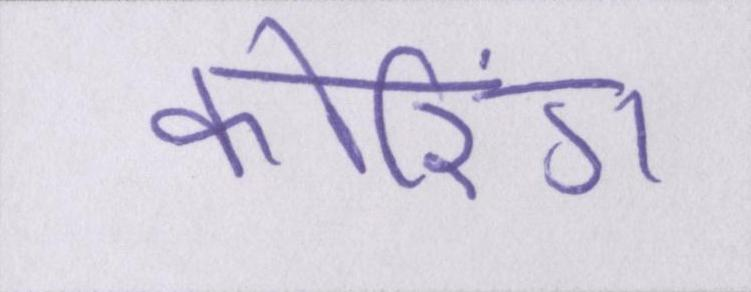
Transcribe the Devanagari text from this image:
कोरिंग